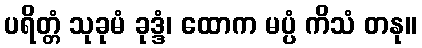
ပရိတ္တံ သုခုမံ ခုဒ္ဒံ၊ ထောက မပ္ပံ ကိသံ တနု။